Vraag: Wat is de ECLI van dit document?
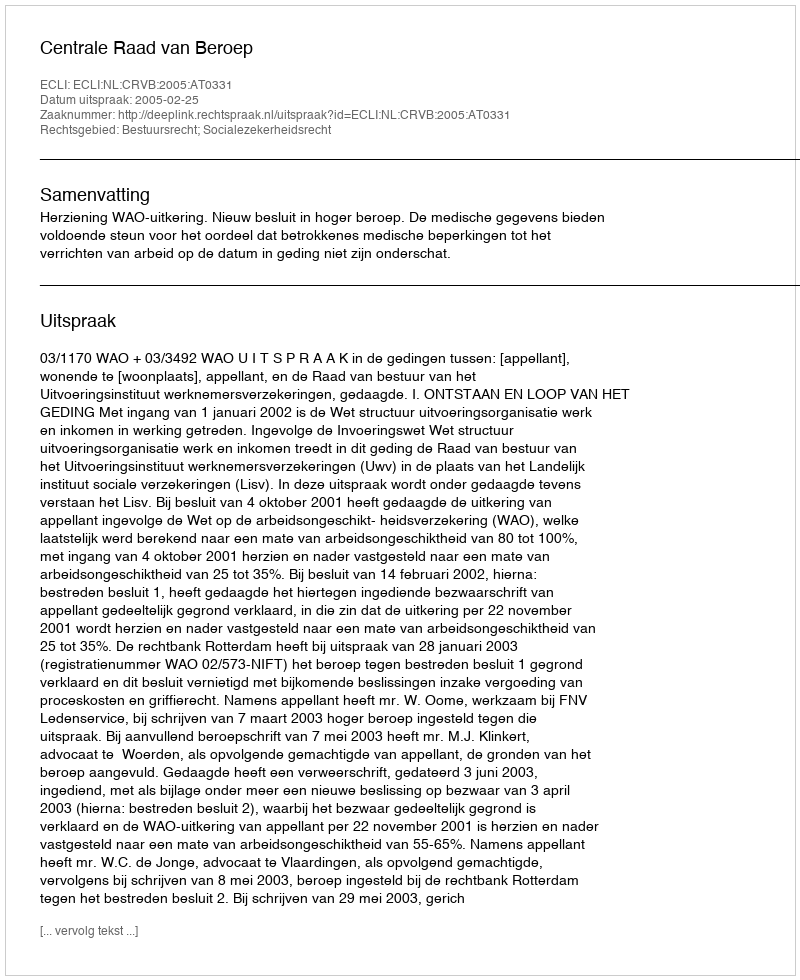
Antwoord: ECLI:NL:CRVB:2005:AT0331